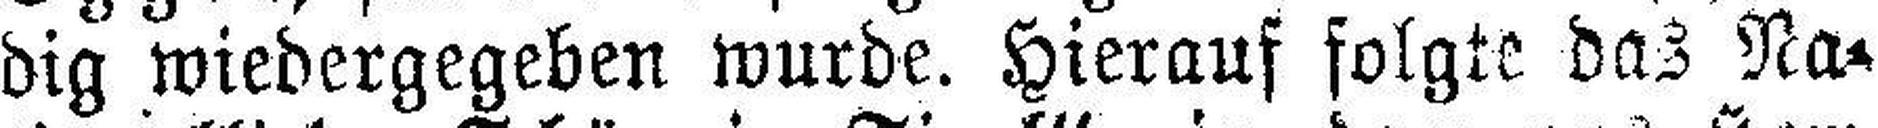
dig wiedergegeben wurde. Hierauf folgte das Na¬